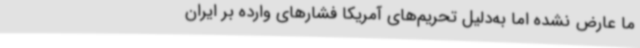
ما عارض نشده اما به‌دلیل تحریم‌های آمریکا فشارهای وارده بر ایران